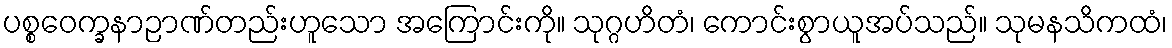
ပစ္စဝေက္ခနာဉာဏ်တည်းဟူသော အကြောင်းကို။ သုဂ္ဂဟိတံ၊ ကောင်းစွာယူအပ်သည်။ သုမနသိကထံ၊